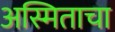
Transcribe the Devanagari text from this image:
अस्मिताचा